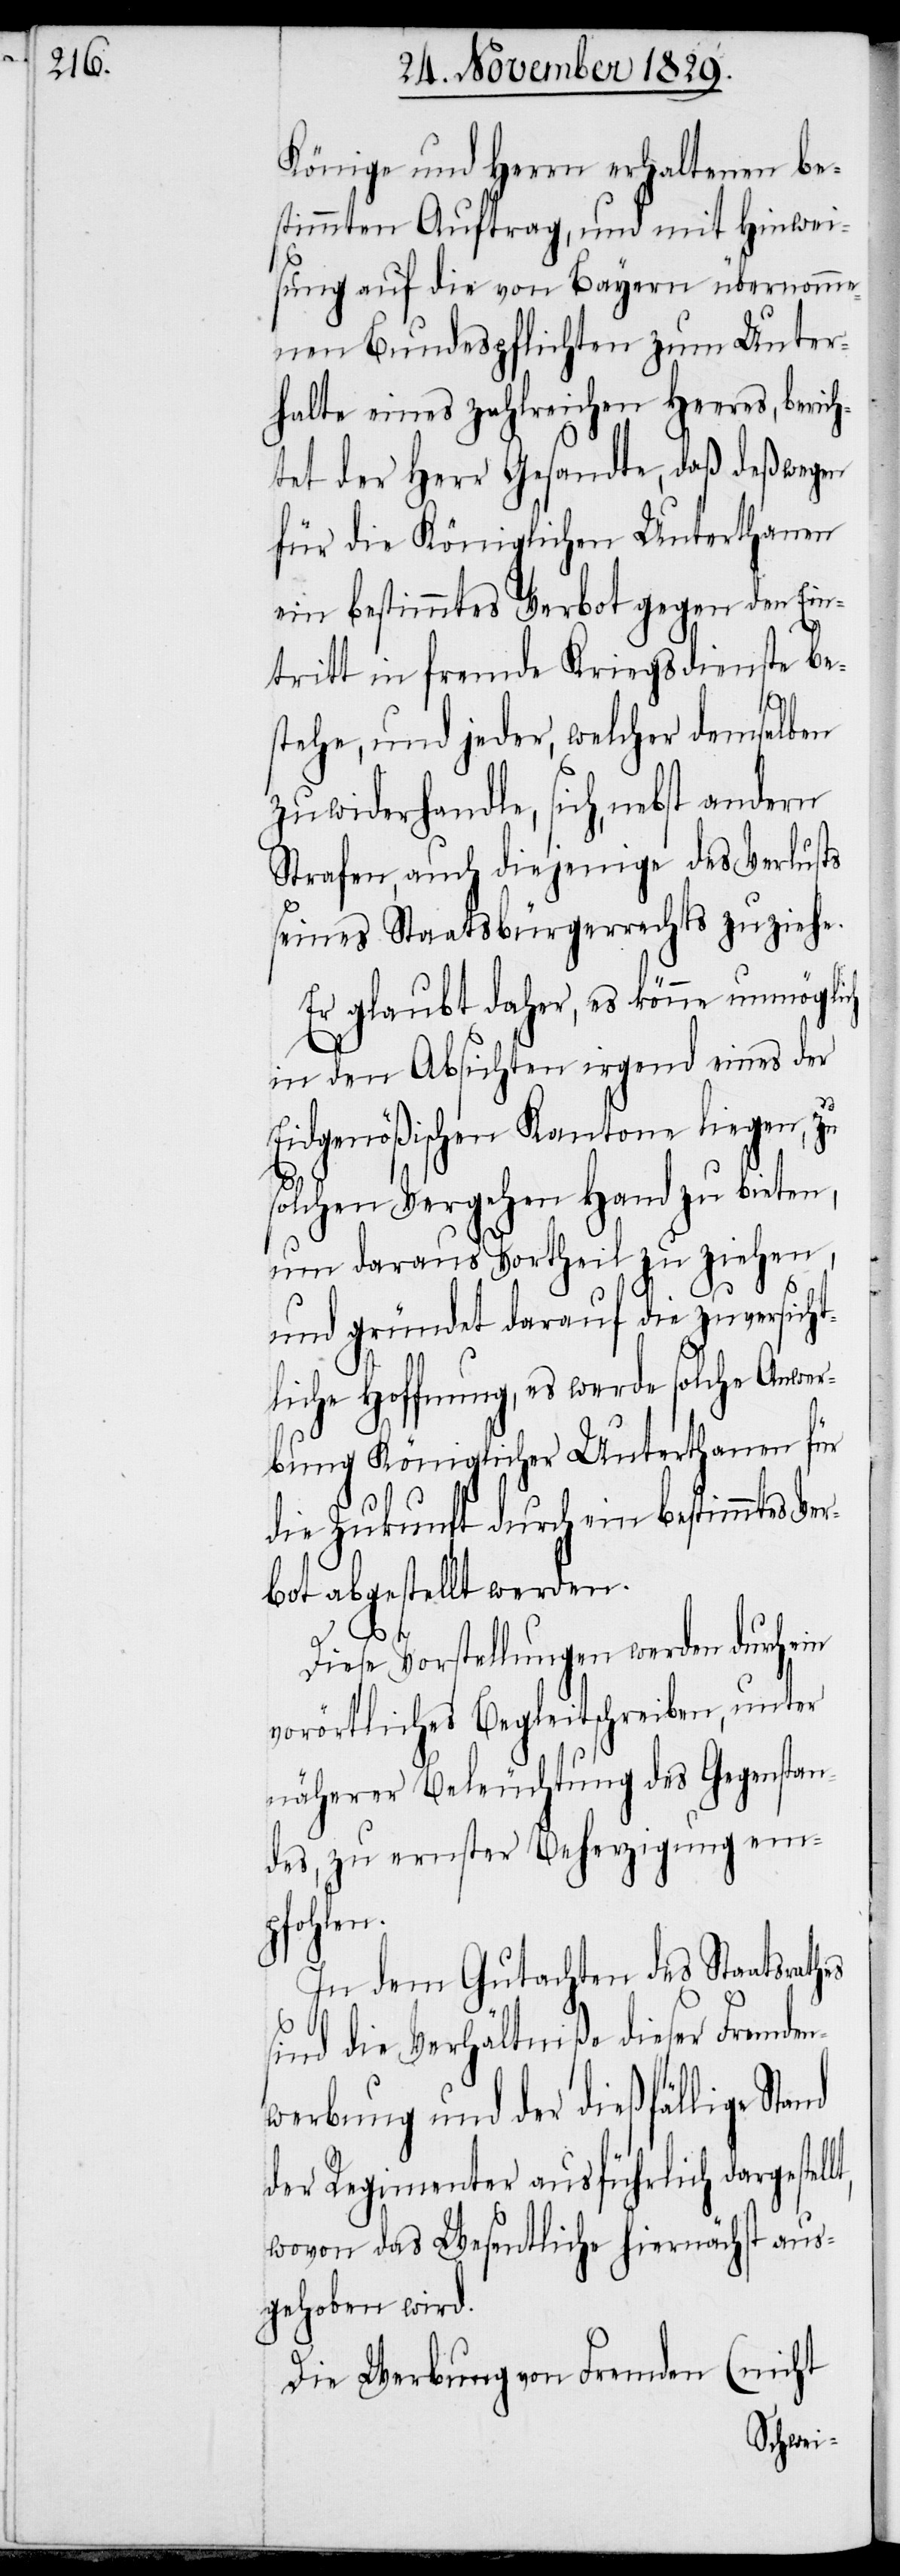
Könige und Herrn erhaltenen be¬
stimmten Auftrag, und mit Hinwei¬
sung auf die von Bayern übernomme¬
nen Bundespflichten zum Unter¬
halte eines zahlreichen Heeres, beric¬
htet der Herr Gesandte, daß deßwegen
für die Königlichen Unterthanen
ein bestimmtes Verbot gegen den Ein¬
tritt in fremde Kriegsdienste be¬
stehe, und jeder, welcher demselben
zuwiderhandle, sich, nebst andern
Strafen, auch diejenige des Verlusts
seines Staatsbürgerrechts zuziehe.
Er glaubt daher, es könne unmöglich
in den Absichten irgend eines der
Eidgenößischen Kantonen liegen, zu
solchen Vergehen Hand zu bieten,
um daraus Vortheil zu ziehen,
lt,
und gründet darauf die zuversicht¬
liche Hoffnung, es werde solche Anwer¬
bung Königlicher Unterthanen für
die Zukunft durch ein bestimmtes Ve¬
rbot abgestellt werden.
Diese Vorstellungen werden durch
vorörtliches Begleitschreiben, unter
näherer Beleuchtung des Gegenstan¬
des, zu ernster Beherzigung em¬
pfohlen.
In dem Gutachten des Staatsrathes
sind die Verhältniße dieser Fremden¬
werbung und der dießfällige Stand
der Regimenter ausführlich dargestel¬
wovon das Wesentliche hiernächst aus¬
gehoben wird.
(nicht
Die Werbung von Fremden